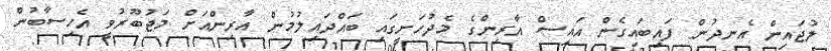
ލުޖައިން އެނދުން ފައިބައިގެން އައިސް އާރިންގެ މެދުހަށީގައި ބައްދައިލުމުން އާރިންއަށް މަޖުބޫރުވީ އެހިސާބުން